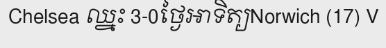
Chelsea ឈ្នះ 3-0ថ្ងៃអាទិត្យNorwich (17) V